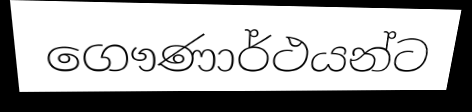
ගෞණාර්ථයන්ට